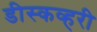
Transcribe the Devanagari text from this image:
डीस्कव्हरी